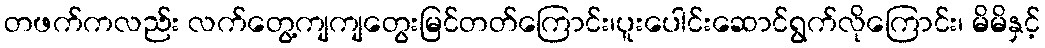
တဖက်ကလည်း လက်တွေ့ကျကျတွေးမြင်တတ်ကြောင်း၊ပူးပေါင်းဆောင်ရွက်လိုကြောင်း၊ မိမိနှင့်